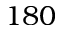
1 8 0